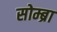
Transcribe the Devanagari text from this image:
सोम्ब्रा